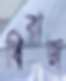
ধিরাজ